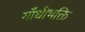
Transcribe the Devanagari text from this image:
गाँधीभक्ति